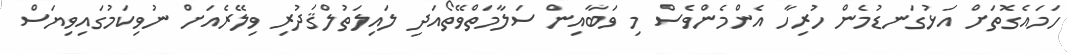
ހަމައެގޮތަށް އަޅުގަނޑުމެން ހުރިހާ އެންމެންވެސް މި ވަބާއިން ސަލާމަތްވޭތޯއަދި ލައިލަތުލްޤަދުރި ވިލޭރެއަށް ނުވިކަމުގައިވިޔަސް